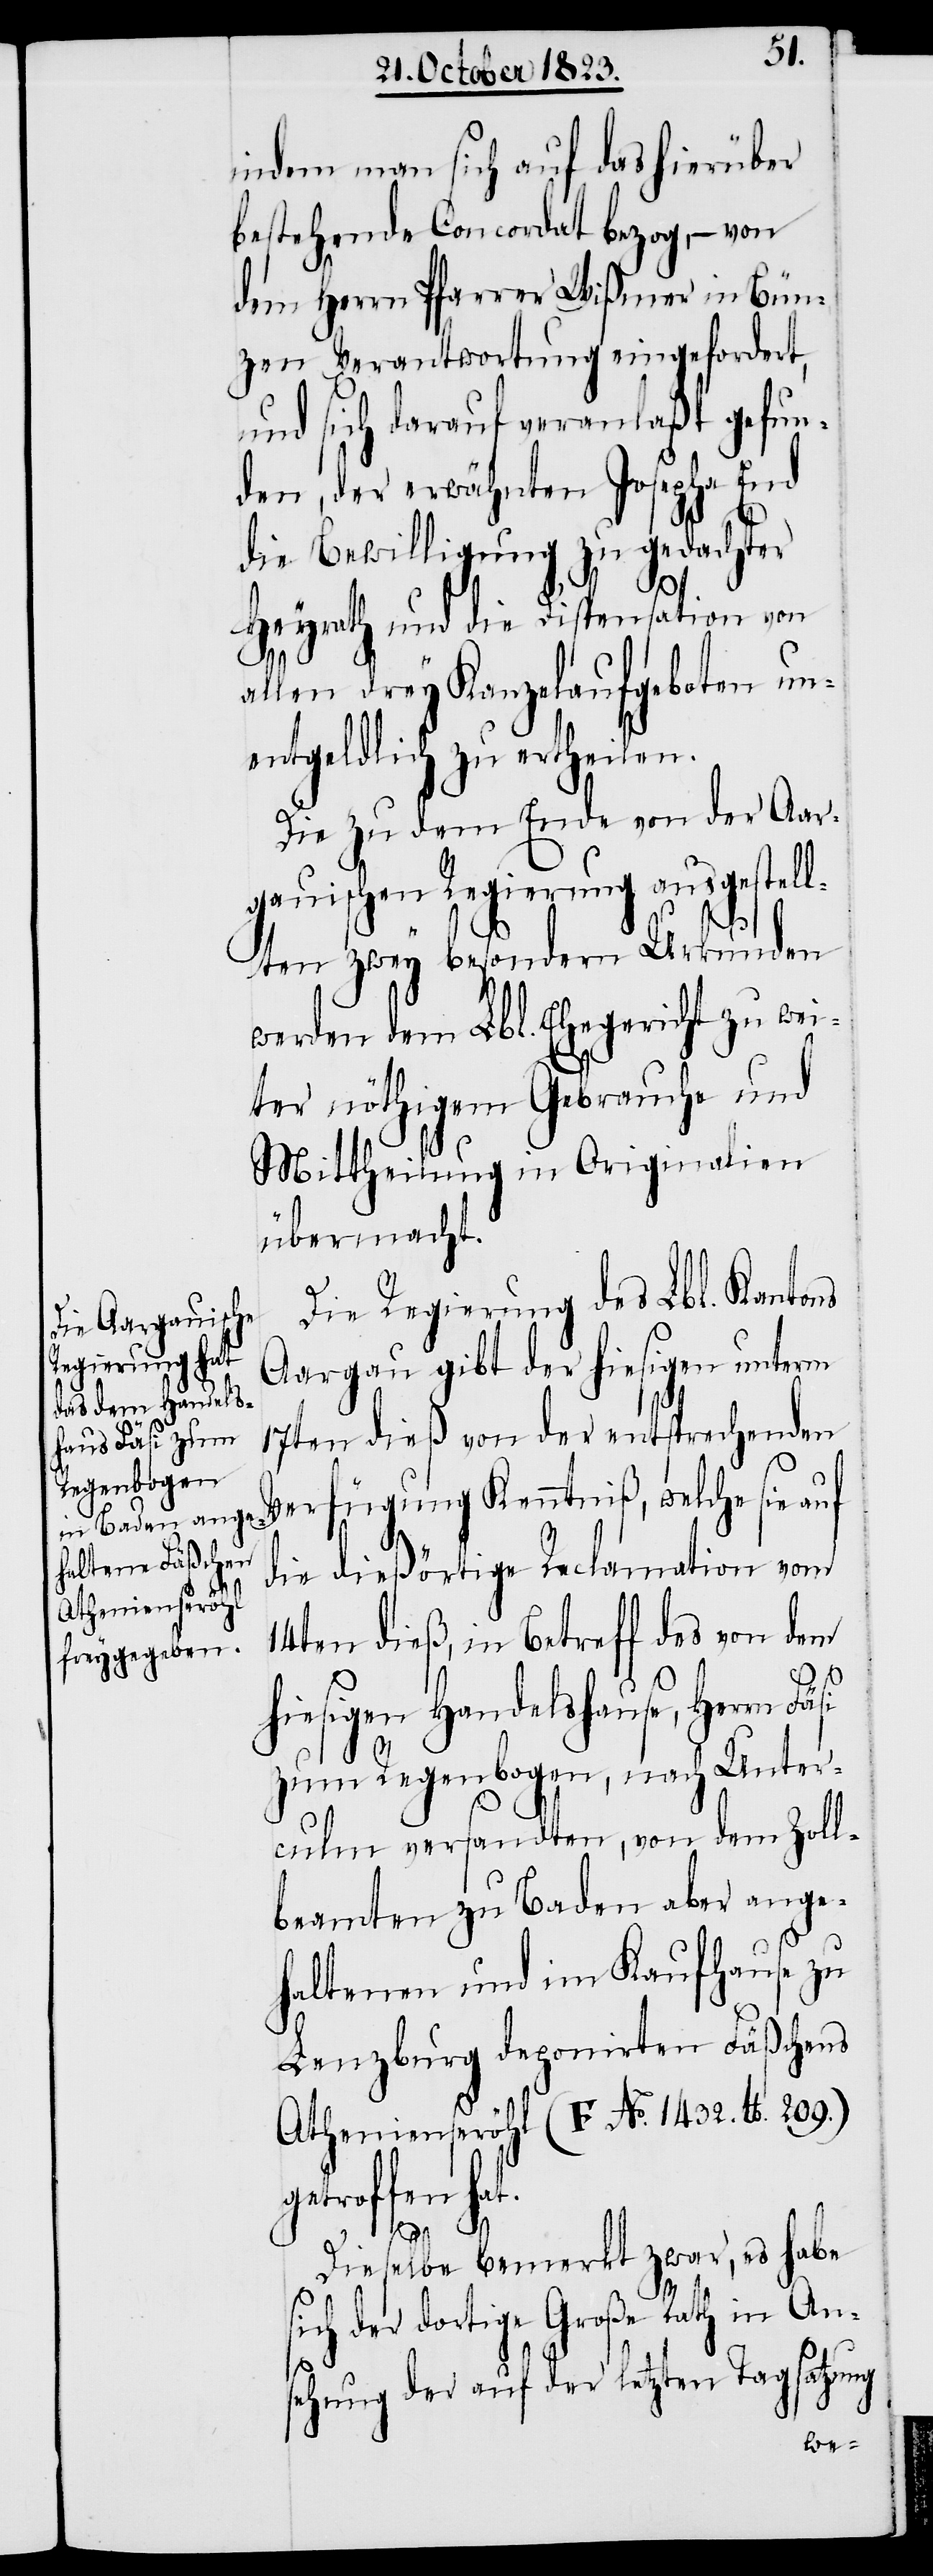
indem man sich auf das hierüber
bestehende Concordat bezog, − von
dem Herrn Pfarrer Wißmer in Bün¬
zen Verantwortung eingefordert,
und sich darauf veranlaßt gefun¬
den, der erwähnten Josepha End
die Bewilligung zu gedachter
s¬
Heyrath und die Dispensation von
allen Kanzelaufgeboten un¬
entgeldlich zu ertheilen.
Die zu dem Ende von der Aar¬
gauischen Regierung ausgestel¬
lten zwey besondern Urkunden
werden dem Lbl. Ehegericht zu wei¬
ter nöthigem Gebrauche und
Mittheilung in Originalien
übermacht.
Die Regierung des Lbl. Kantons
Aargau gibt der hiesigen unterm
17ten dieß von der entsprechenden
Verfügung Kenntniß, welche sie auf
die dießörtige Reclamation vom
14ten dieß, in Betreff des von dem
hiesigen Handelshause, Herrn Fä¬
zum Regenbogen, nach Unter¬
culm versandten, von dem Zoll¬
beamten zu Baden aber ange¬
haltenen und im Kaufhause zu
Lenzburg deponirten Fäßchens
Athenienseröhl (F No. 1432. lb. 209.)
getroffen hat.
Dieselbe bemerkt zwar, es habe
ich der dortige Große Rath in Ans¬
ehung der auf der letzten Tagsatzung